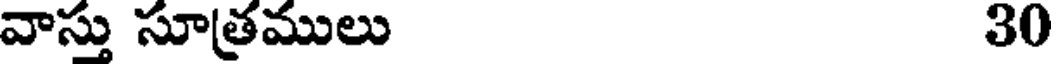
వాస్తు సూత్రములు 30